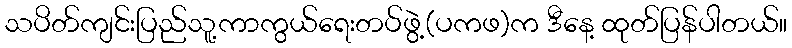
သပိတ်ကျင်းပြည်သူ့ကာကွယ်ရေးတပ်ဖွဲ့(ပကဖ)က ဒီနေ့ ထုတ်ပြန်ပါတယ်။